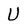
Character: U